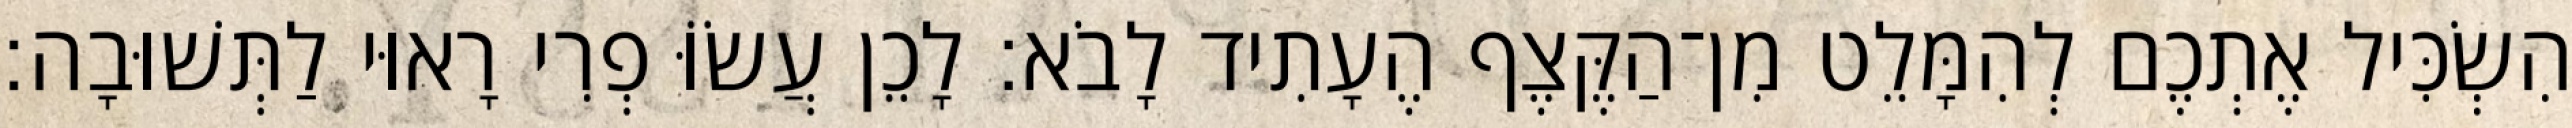
הִשְׂכִּיל אֶתְכֶם לְהִמָּלֵט מִן־הַקֶּצֶף הֶעָתִיד לָבֹא׃ לָכֵן עֲשׂוֹּ פְרִי רָאוּי לַתְּשׁוּבָה׃